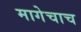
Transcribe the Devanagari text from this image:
मागेचाच